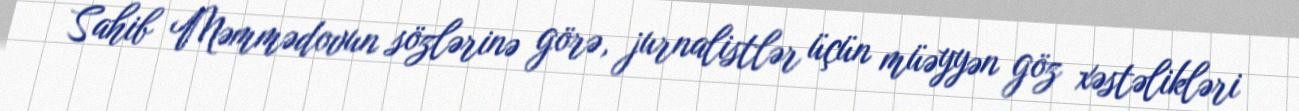
Sahib Məmmədovun sözlərinə görə, jurnalistlər üçün müəyyən göz xəstəlikləri